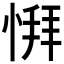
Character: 𫺨